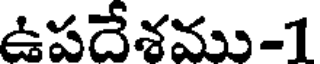
ఉపదేశము-1